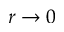
r \to 0